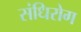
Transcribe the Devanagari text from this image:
संधिरोग